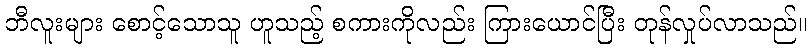
ဘီလူးများ စောင့်သောသူ ဟူသည့် စကားကိုလည်း ကြားယောင်ပြီး တုန်လှုပ်လာသည်။